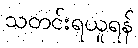
သတင်းရယူရန်